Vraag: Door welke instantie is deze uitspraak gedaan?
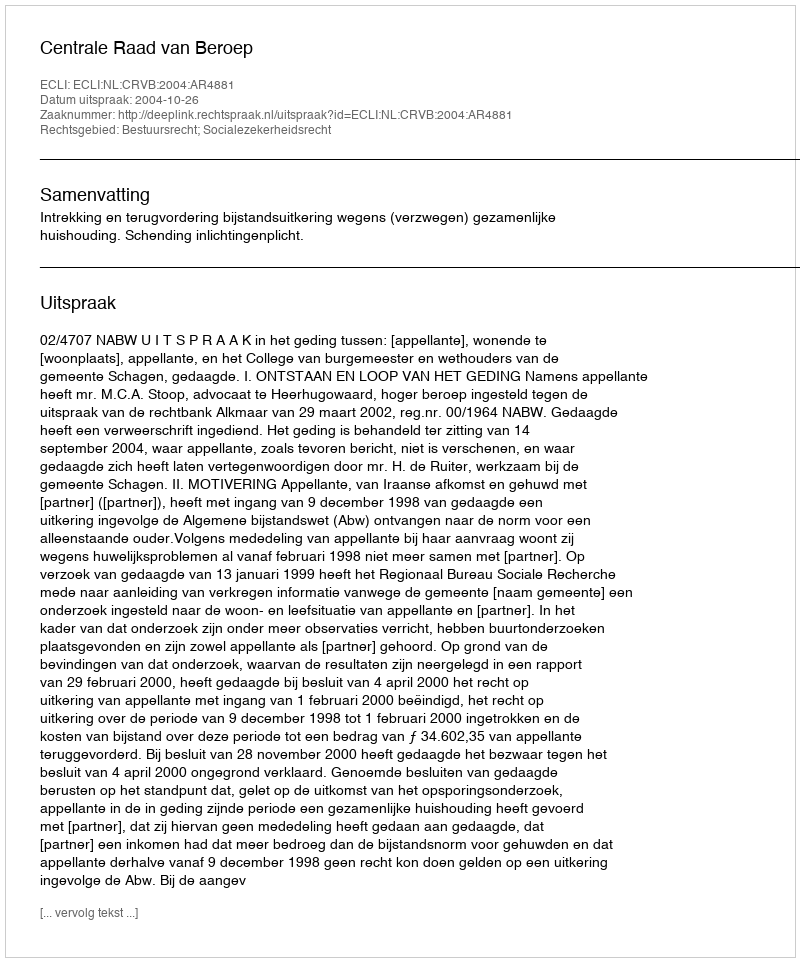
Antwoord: Centrale Raad van Beroep